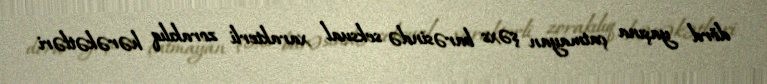
dörd yaşına çatmayan şəxs barəsində seksual xarakterli zorakılıq hərəkətləri